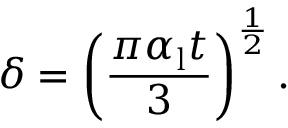
\delta = \left( { \frac { \pi \alpha _ { \mathrm { l } } t } { 3 } } \right) ^ { \frac { 1 } { 2 } } .